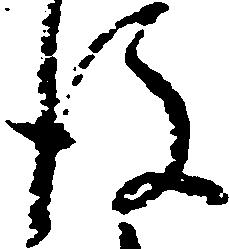
後